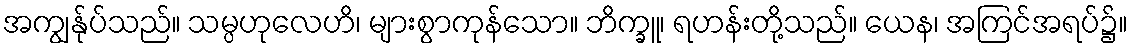
အကျွန်ုပ်သည်။ သမ္ပဟုလေဟိ၊ များစွာကုန်သော။ ဘိက္ခူ၊ ရဟန်းတို့သည်။ ယေန၊ အကြင်အရပ်၌။